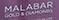
malabar